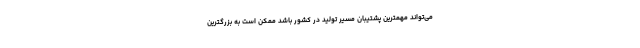
می‌تواند مهمترین پشتیبان مسیر تولید در کشور باشد ممکن است به بزرگترین